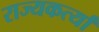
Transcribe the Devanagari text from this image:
राज्यकर्त्यां